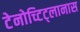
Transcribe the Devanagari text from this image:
टेनोच्टिट्लानास